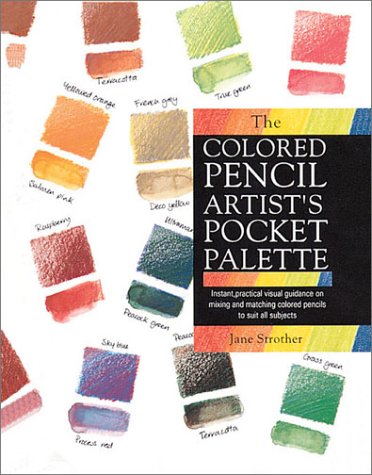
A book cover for The Colored Pencil Artist's Pocket Palette; Jane Strother; Arts & Photography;